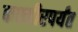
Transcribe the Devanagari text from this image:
कश्मीरपर्यंत